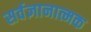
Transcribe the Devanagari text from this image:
सर्वज्ञानात्मक